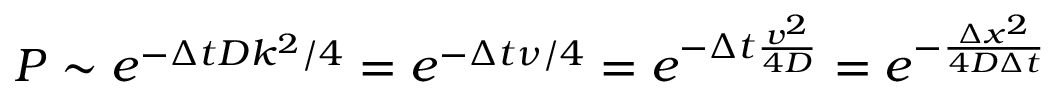
P \sim e ^ { - \Delta t D k ^ { 2 } / 4 } = e ^ { - \Delta t \nu / 4 } = e ^ { - \Delta t \frac { v ^ { 2 } } { 4 D } } = e ^ { - \frac { \Delta x ^ { 2 } } { 4 D \Delta t } }